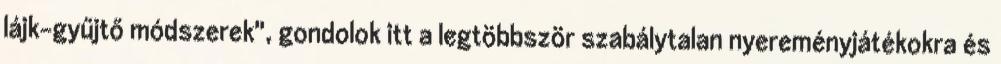
lájk-gyűjtő módszerek", gondolok itt a legtöbbször szabálytalan nyereményjátékokra és